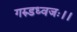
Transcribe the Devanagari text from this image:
गरुडध्वजः।।